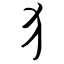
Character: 犭